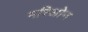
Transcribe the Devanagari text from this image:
मरिओन